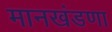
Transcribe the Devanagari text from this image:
मानखंडणा